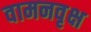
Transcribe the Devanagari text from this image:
वामनवृक्ष